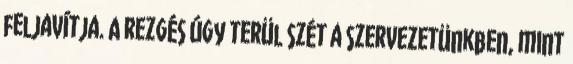
feljavítja. A rezgés úgy terül szét a szervezetünkben, mint